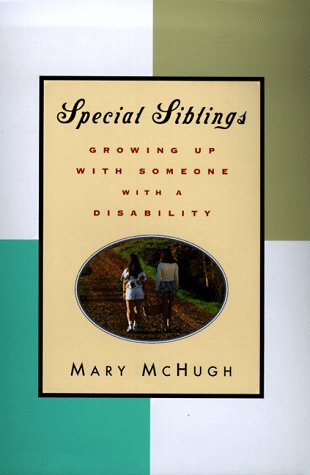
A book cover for Special Siblings: Growing Up With Someone With a Disability; Mary McHugh; Health, Fitness & Dieting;